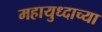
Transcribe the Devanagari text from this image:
महायुध्दाच्या